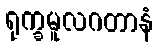
ရုက္ခမူလဂတာနံ